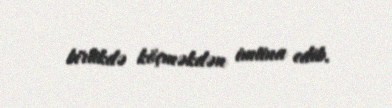
birlikdə köçməkdən imtina edib.